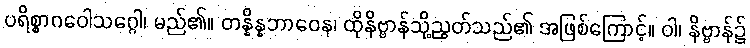
ပရိစ္စာဂဝေါသဂ္ဂေါ၊ မည်၏။ တန္နိန္နဘာဝေန၊ ထိုနိဗ္ဗာန်သို့ညွတ်သည်၏ အဖြစ်ကြောင့်။ ဝါ၊ နိဗ္ဗာန်၌